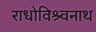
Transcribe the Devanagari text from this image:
राधोविश्र्वनाथ